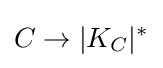
C\to |K_{C}|^{*}